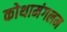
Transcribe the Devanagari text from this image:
कोथामंगलम